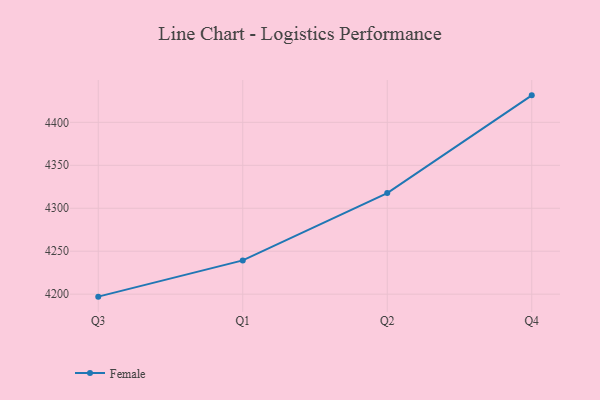
{"axis": {"x": "Quarter", "y": "Website Visitors"}, "legend": ["Female"], "data": [{"x": "Q3", "y": 4197.1, "type": "Female"}, {"x": "Q1", "y": 4239.3, "type": "Female"}, {"x": "Q2", "y": 4317.7, "type": "Female"}, {"x": "Q4", "y": 4431.4, "type": "Female"}]}